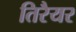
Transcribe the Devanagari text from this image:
तिरैयर